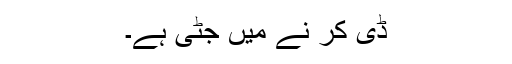
ڈی کر نے میں جٹی ہے۔